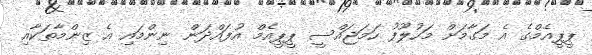
ޕީޕީއެމްގެ އެ މަގާމަށް މަހުލޫފު ހަމަޖައްސީ ޕީޕީއެމް އުފައްދަން ނިންމައި އެ ޒިންމާތަކާއި